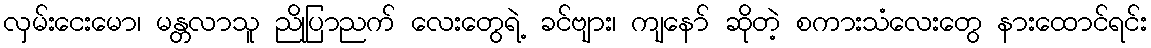
လှမ်းငေးမော၊ မန္တလာသူ ညိုပြာညက် လေးတွေရဲ့ ခင်ဗျား၊ ကျနော် ဆိုတဲ့ စကားသံလေးတွေ နားထောင်ရင်း